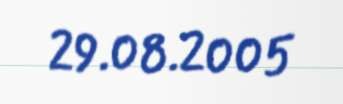
29.08.2005